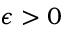
\epsilon > 0